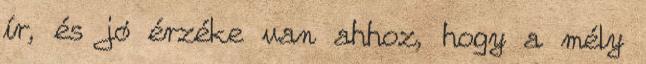
ír, és jó érzéke van ahhoz, hogy a mély